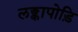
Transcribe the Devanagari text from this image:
लङ्कापोड़ि